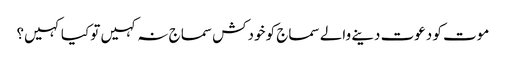
موت کو دعوت دینے والے سماج کو خودکش سماج نہ کہیں تو کیا کہیں؟